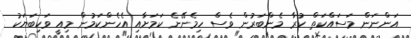
އަންނަން މަސައްކަތް ކުރާ މެންބަރުން ވެސް ހިމެނޭނެ ކަމަށާއި އެހެންކަމުން މިއީ ވަކިބަޔަކު